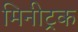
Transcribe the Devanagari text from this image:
मिनीट्रक